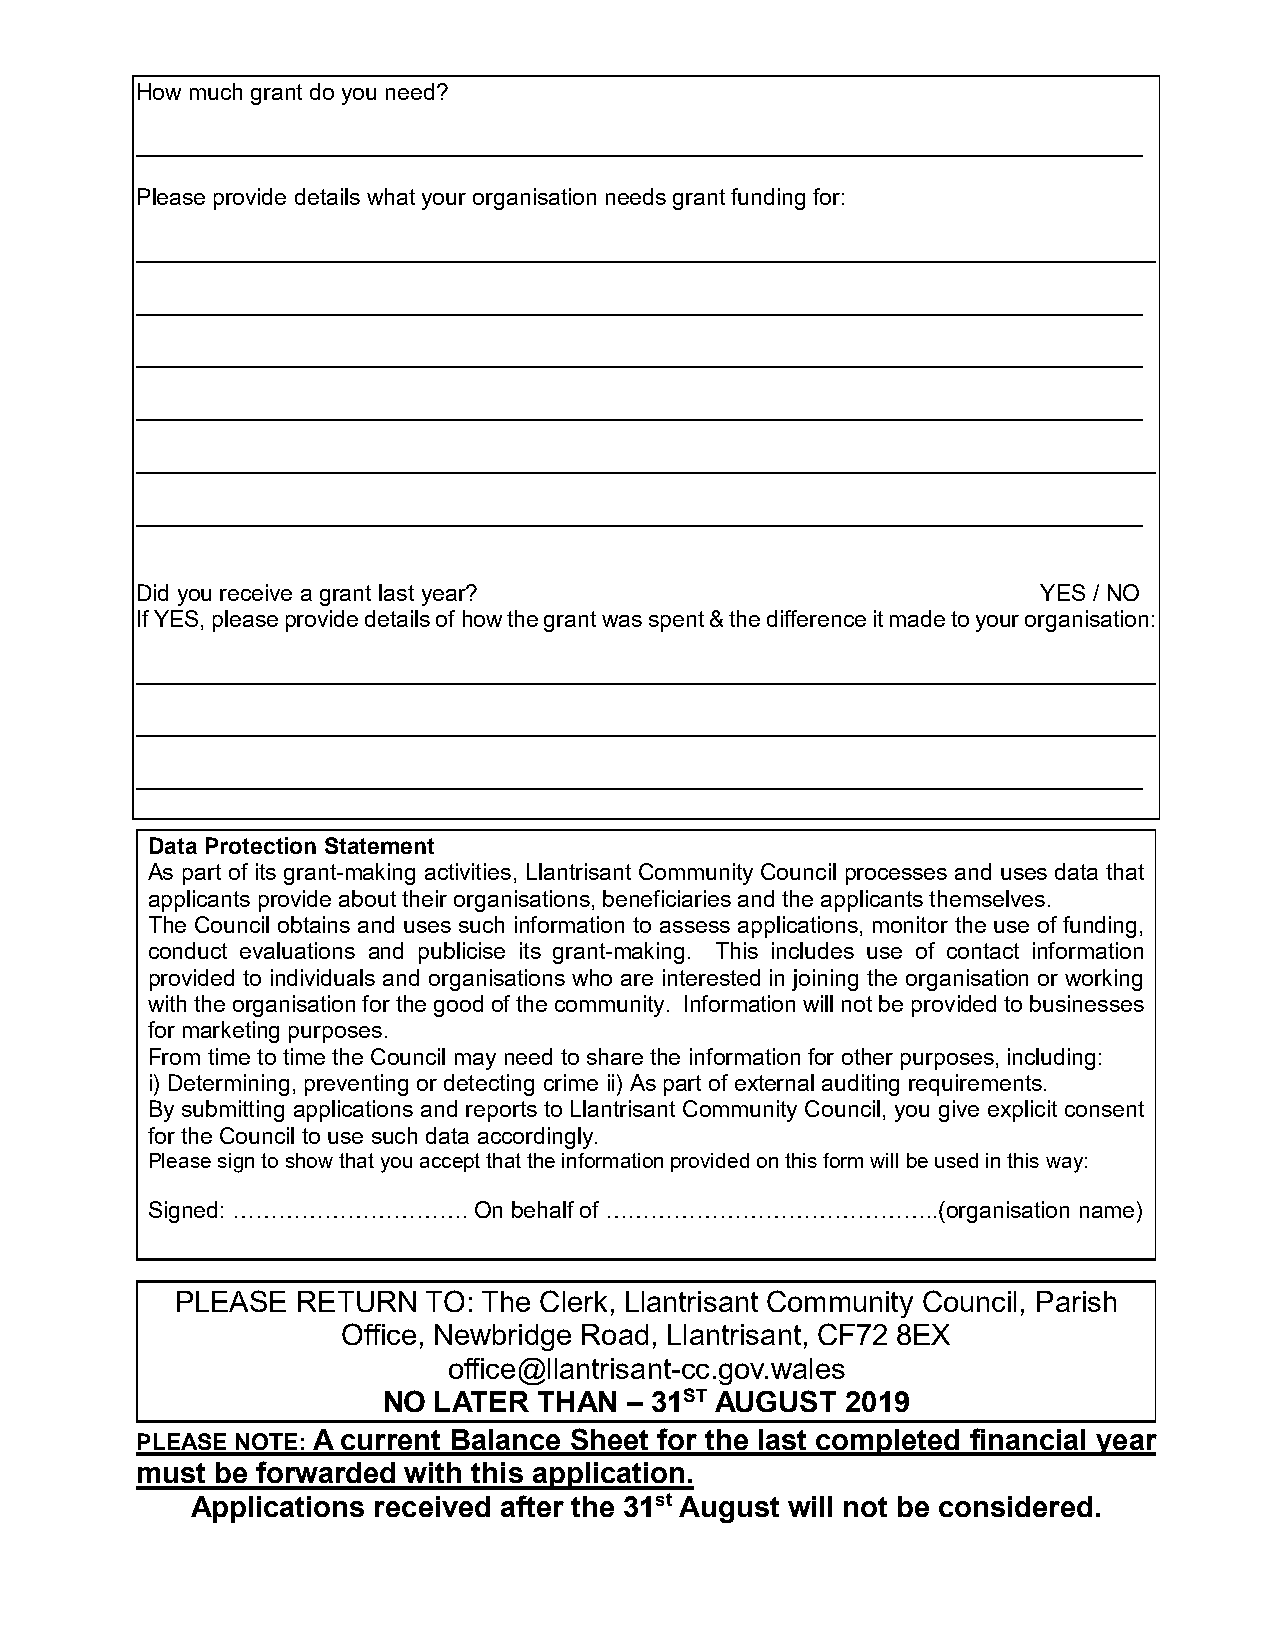
How much grant do you need?
 _______________________________________________________________________________
 Please provide details what your organisation needs grant funding for:
 ________________________________________________________________________________
 _______________________________________________________________________________
 _______________________________________________________________________________
 _______________________________________________________________________________
 ________________________________________________________________________________
 _______________________________________________________________________________
 Did you receive a grant last year?                          YES / NO
 If YES, please provide details of how the grant was spent & the difference it made to your organisation:
 ________________________________________________________________________________
 ________________________________________________________________________________
 _______________________________________________________________________________
 Data Protection Statement
 As part of its grant-making activities, Llantrisant Community Council processes and uses data that
 applicants provide about their organisations, beneficiaries and the applicants themselves.
 The Council obtains and uses such information to assess applications, monitor the use of funding,
 conduct evaluations and publicise its grant-making. This includes use of contact information
 provided to individuals and organisations who are interested in joining the organisation or working
 with the organisation for the good of the community. Information will not be provided to businesses
 for marketing purposes.
 From time to time the Council may need to share the information for other purposes, including:
 i) Determining, preventing or detecting crime ii) As part of external auditing requirements.
 By submitting applications and reports to Llantrisant Community Council, you give explicit consent
 for the Council to use such data accordingly.
 Please sign to show that you accept that the information provided on this form will be used in this way:
 Signed: ………………………….  On behalf of ……………………………………..(organisation name)
 PLEASE  RETURN  TO: The Clerk, Llantrisant Community Council, Parish
 Office, Newbridge Road, Llantrisant, CF72 8EX
 office@llantrisant-cc.gov.wales
 NO  LATER  THAN – 31ST AUGUST  2019
 PLEASE NOTE: A current Balance Sheet for the last completed financial year
 must be forwarded with this application.
 Applications received after the 31st August will not be considered.